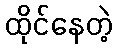
ထိုင်နေတဲ့